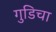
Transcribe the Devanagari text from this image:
गुडिचा